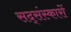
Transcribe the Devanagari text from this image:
सद्संस्कारों